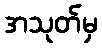
အသုတ်မှ